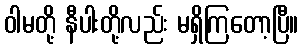
ဝါမတို့ နီပါးတို့လည်း မရှိကြတော့ပြီ။